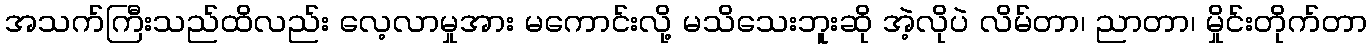
အသက်ကြီးသည်ထိလည်း လေ့လာမှုအား မကောင်းလို့ မသိသေးဘူးဆို အဲ့လိုပဲ လိမ်တာ၊ ညာတာ၊ မှိုင်းတိုက်တာ